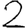
Digit: 2